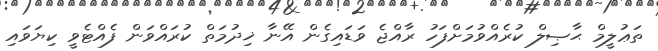
ތަޢުލީމް ޙާޞިލް ކުރެއްވުމަށްފަހު ރާއްޖެ ވަޑައިގެން އޭނާ ޚިދުމަތް ކުރައްވަން ފެއްޓެވީ ކިޔަވައި